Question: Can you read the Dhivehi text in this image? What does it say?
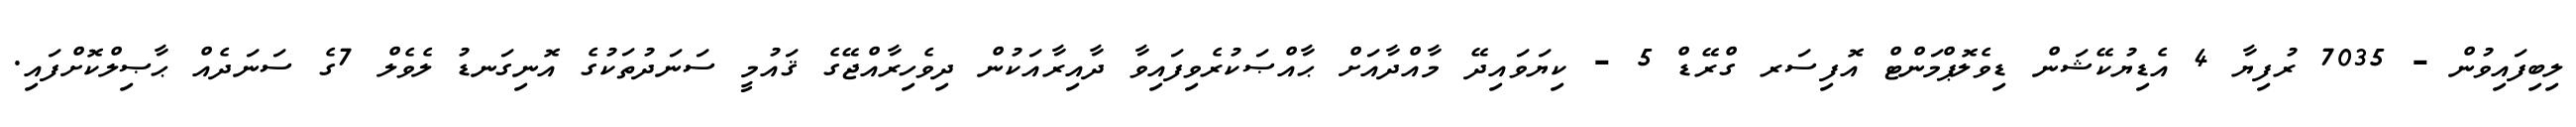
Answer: ލިބިފައިވުން - 7035 ރުފިޔާ 4 އެޑިޔުކޭޝަން ޑިވެލޮޕްމަންޓް އޮފިސަރ ގްރޭޑް 5 - ކިޔަވައިދޭ މާއްދާއަށް ޙާއްޞަކުރެވިފައިވާ ދާއިރާއަކުން ދިވެހިރާއްޖޭގެ ޤައުމީ ސަނަދުތަކުގެ އޮނިގަނޑު ލެވެލް 7ގެ ސަނަދެއް ޙާޞިލްކޮށްފައި.